Medical and sanitary report on the native army of Bombay for the year
Year: 1878
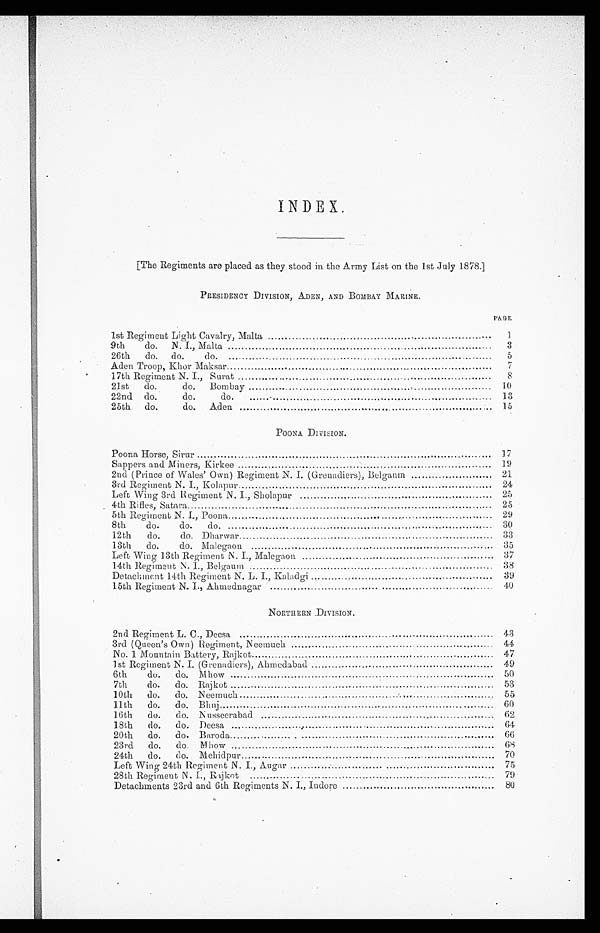
INDEX.
[The Regiments are placed as they stood in the Army List on the 1st July 1878.]
PRESIDENCY DIVISION, ADEN, AND BOMBAY MARINE.
PAGE
1st Regiment Light Cavalry, Malta
1
9th do. N. I., Malta
3
26th do.. do. do.
5
Aden Troop, Khor Maksar
7
17th Regiment N. I., Surat
8
21st
do.
do.. Bombay
10
22nd do. do. do.
13
25th do .do. Aden
15
POONA DIVISION.
Poona Horse, Sirur
17
Sappers and Miners, Kirkee
19
2nd (Prince of Wales' Own) Regiment N. I. (Grenadiers), Belgaum
21
3rd Regiment N. I., Kolapur
24
Left Wing 3rd Regiment N. I., Sholapur
25
4th Rifles, Satara
25
5th Regiment N. I., Poona
29
8th do. do. do.
30
12th do. do. Dharwar
33
13th do. do. Malegaon
35
Left Wing 13th Regiment N. I., Malegaon
37
14th Regiment N. I. Belgaum
38
Detachment 14th Regiment N. L. I., Kaladgi
39
15th Regiment N. I., Ahmednagar
40
NORTHERN DIVISION.
2nd Regiment L. C., Deesa
4 3
3rd (Queen's Own) Regiment, Neemuch
44
No. 1 Mountain Battery, Rajkot
47
1st Regiment N. I. (Grenadiers), Ahmedabad
49
6th do. do. Mhow
50
7th do. do. Rajkot
53
10th do. do. Neemuch
55
11th do. do Bhuj
60
16th do. do. Nusseerabad
62
18th do. do. Deesa
.
64
20th do. do. Baroda
66
23rd do. do. Mhow
6 8
24th do. do. Mehidpur
70
Left Wing 24th Regiment N. I., Augar
75
28th Regiment N. I., Rajkot
79
Detachments 23rd and 6th Regiments N. I., Indore
8 0